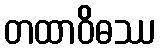
တထာဝိဓဿ